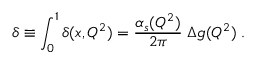
\delta \equiv \int _ { 0 } ^ { 1 } \delta ( x , Q ^ { 2 } ) = { \frac { \alpha _ { s } ( Q ^ { 2 } ) } { 2 \pi } } \; \Delta g ( Q ^ { 2 } ) \; .